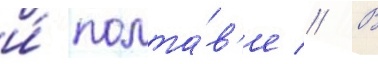
и́ полта́в'е // В